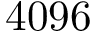
4 0 9 6